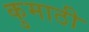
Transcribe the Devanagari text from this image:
कुमाठी